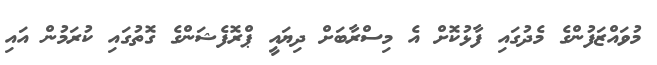
މުވައްޒަފުންގެ މެދުގައި ފާޅުކޮށް އެ މިސްރާބަށް ދިޔައީ ޕްރޮފެޝަންގެ ގޮތުގައި ކުރަމުން އައި